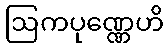
ဩကပုဏ္ဏေဟိ